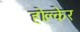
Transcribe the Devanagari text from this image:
होल्केर